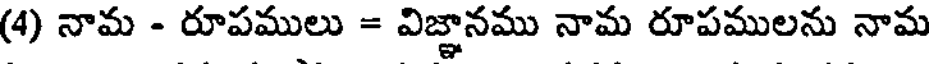
(4) నామ - రూపములు = విజ్ఞానము నామ రూపములను నామ